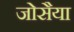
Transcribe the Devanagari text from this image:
जोसैया